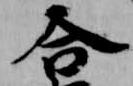
合